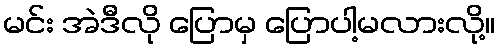
မင်း အဲဒီလို ပြောမှ ပြောပါ့မလားလို့။